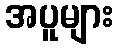
အပူများ